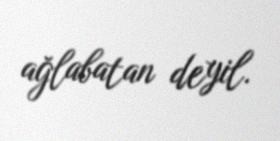
ağlabatan deyil.